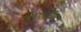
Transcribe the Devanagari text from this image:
स्टारलॉग